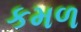
કમળ